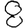
Digit: 8